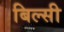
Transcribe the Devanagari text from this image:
बिल्‍सी